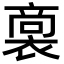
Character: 𮖟